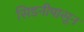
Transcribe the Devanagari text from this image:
सिडनीपासून